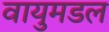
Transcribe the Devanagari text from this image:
वायुमडल